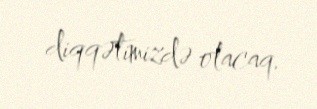
diqqətimizdə olacaq.